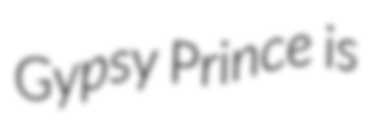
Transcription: Gypsy Prince is